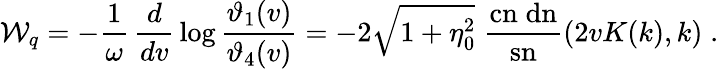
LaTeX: {\cal{W}}_{q}=-\frac{1}{\omega}\, {\frac{d}{dv}}\log{\frac{\vartheta_{1}(v)}{\vartheta_{4}(v)}}=-2\sqrt{1+\eta_{0}^{2}}\; {\frac{\mathrm{cn}\; \mathrm{dn}}{\mathrm{sn}}}(2vK(k),k)\; .